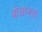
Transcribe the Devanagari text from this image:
बोलावलं